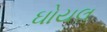
ઘોયલ